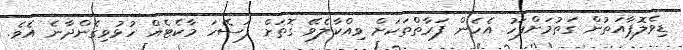
ޑިވެލޮޕާއަތުން ގަތުމަށްފަހު އެހެން ފަރާތްތަކަށް ވިއްކާލެވޭ ގޮތަށް ފަސޭހަ މާކެޓެއް ހުޅުވިގެންދާނެ އެވެ.